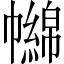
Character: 𢅧